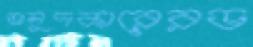
তালুদকারেরড